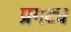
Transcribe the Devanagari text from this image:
प्रगट्य